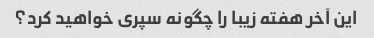
این آخر هفته زیبا را چگونه سپری خواهید کرد؟